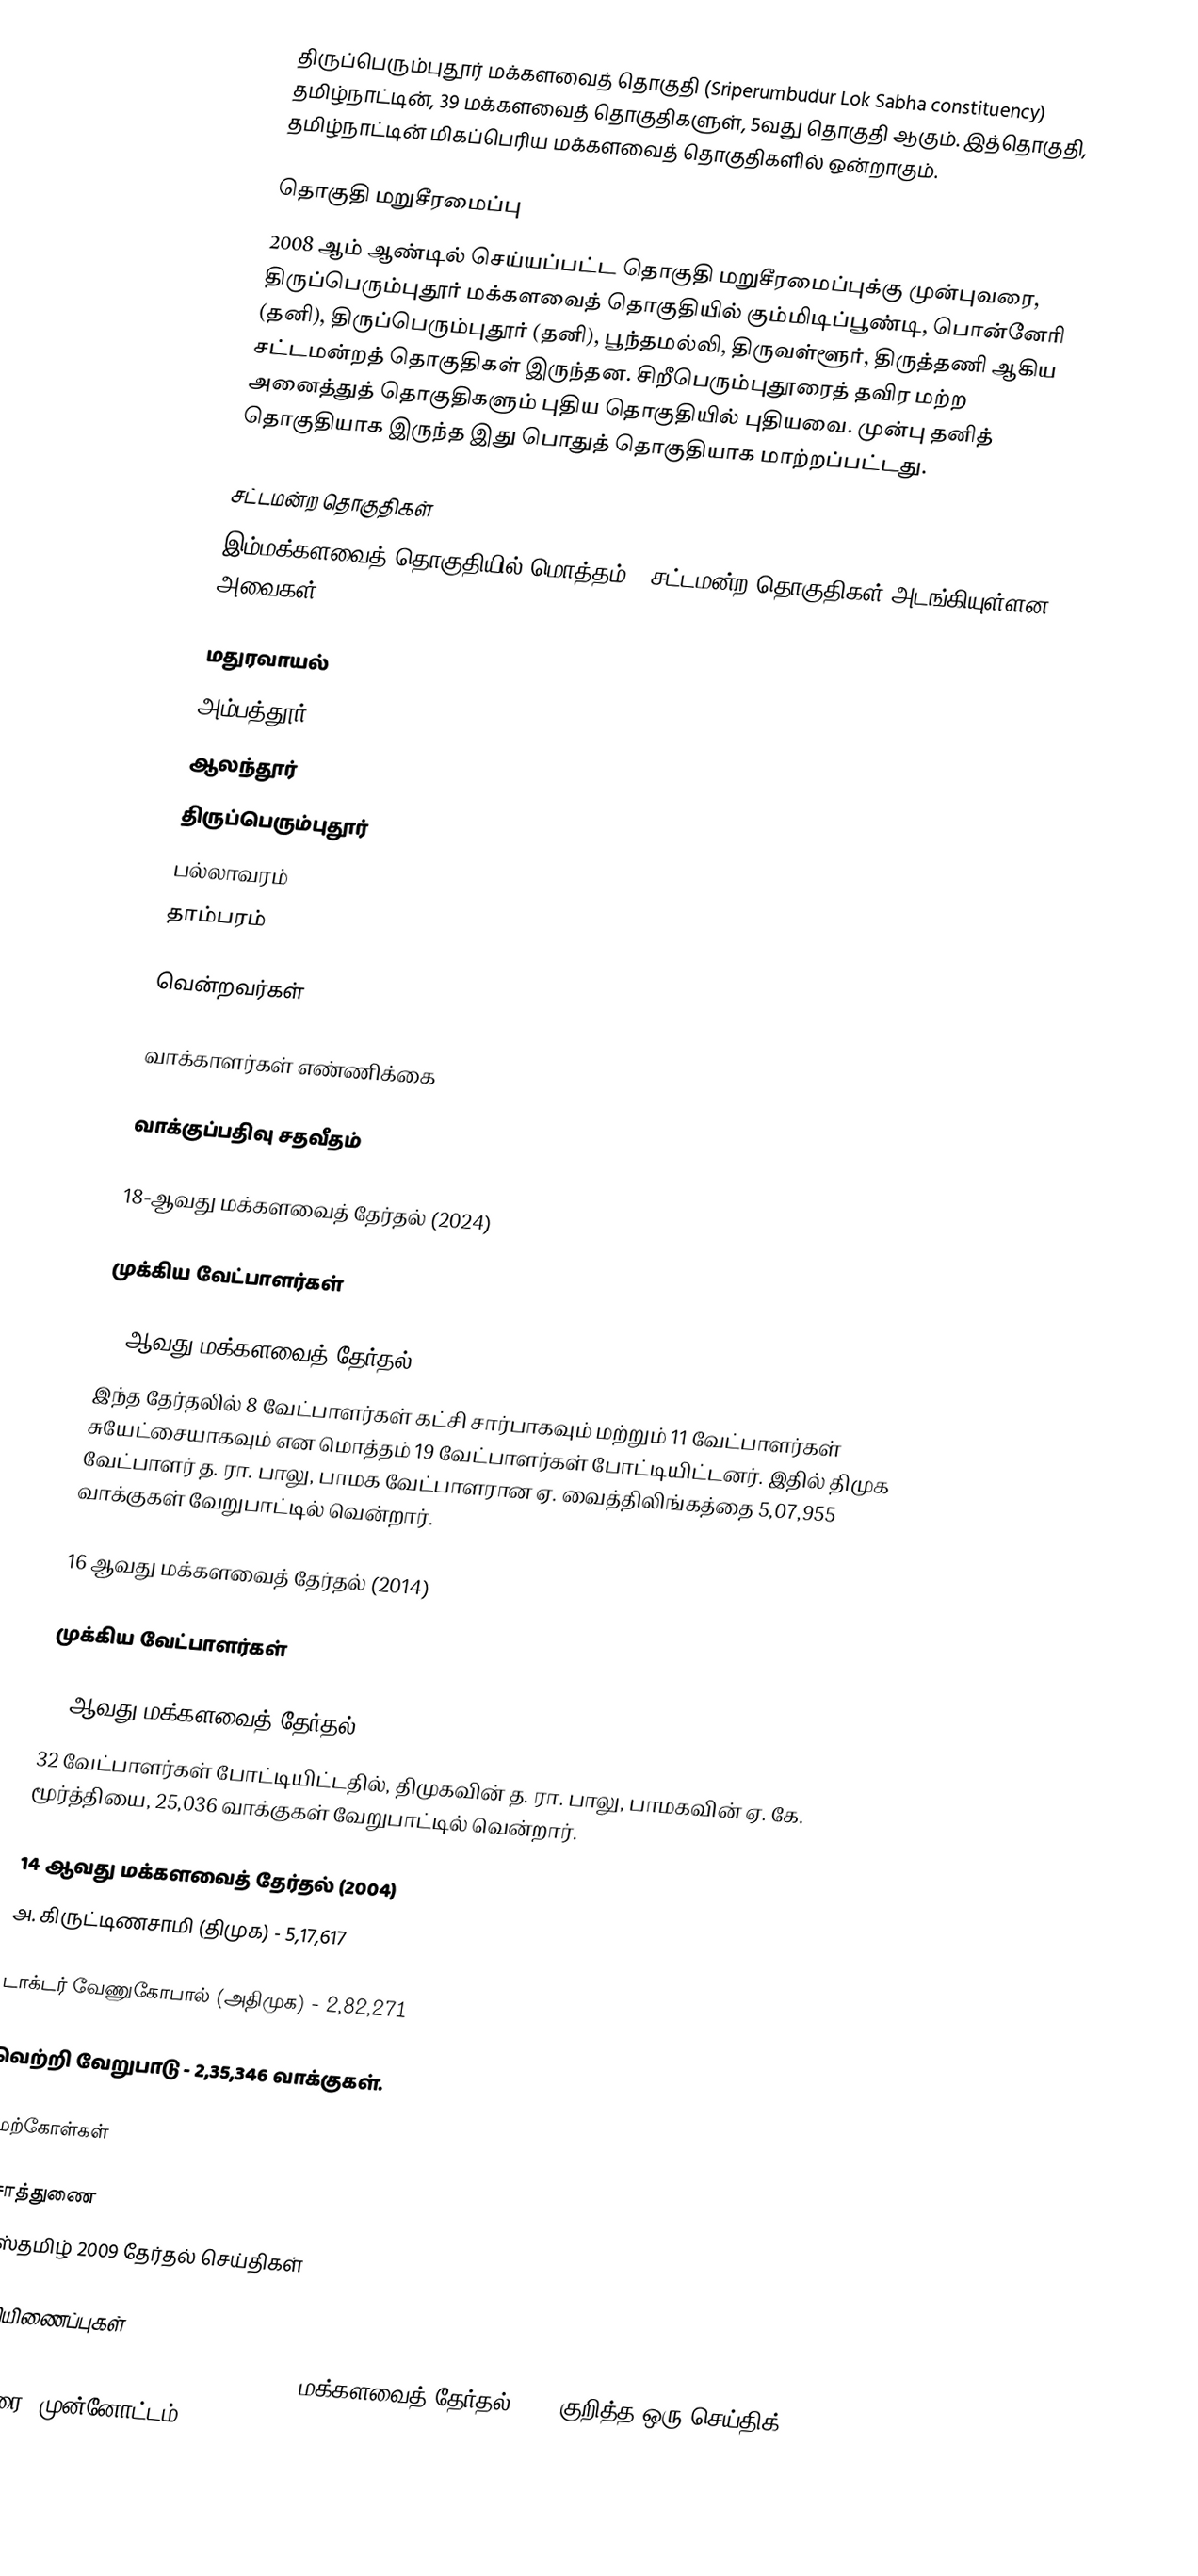
திருப்பெரும்புதூர் மக்களவைத் தொகுதி (Sriperumbudur Lok Sabha constituency) தமிழ்நாட்டின், 39 மக்களவைத் தொகுதிகளுள், 5வது தொகுதி ஆகும். இத்தொகுதி, தமிழ்நாட்டின் மிகப்பெரிய மக்களவைத் தொகுதிகளில் ஒன்றாகும்.

தொகுதி மறுசீரமைப்பு
2008 ஆம் ஆண்டில் செய்யப்பட்ட தொகுதி மறுசீரமைப்புக்கு முன்புவரை, திருப்பெரும்புதூர் மக்களவைத் தொகுதியில் கும்மிடிப்பூண்டி, பொன்னேரி (தனி), திருப்பெரும்புதூர் (தனி), பூந்தமல்லி, திருவள்ளூர், திருத்தணி ஆகிய சட்டமன்றத் தொகுதிகள் இருந்தன. சிறீபெரும்புதூரைத் தவிர மற்ற அனைத்துத் தொகுதிகளும் புதிய தொகுதியில் புதியவை. முன்பு தனித் தொகுதியாக இருந்த இது பொதுத் தொகுதியாக மாற்றப்பட்டது.

சட்டமன்ற தொகுதிகள்
இம்மக்களவைத் தொகுதியில் மொத்தம் 6 சட்டமன்ற தொகுதிகள் அடங்கியுள்ளன. அவைகள்:

 மதுரவாயல்
 அம்பத்தூர்
 ஆலந்தூர்
 திருப்பெரும்புதூர்
 பல்லாவரம்
 தாம்பரம்

வென்றவர்கள்

வாக்காளர்கள் எண்ணிக்கை

வாக்குப்பதிவு சதவீதம்

18-ஆவது மக்களவைத் தேர்தல் (2024)

முக்கிய வேட்பாளர்கள்

17-ஆவது மக்களவைத் தேர்தல் (2019)
இந்த தேர்தலில் 8 வேட்பாளர்கள் கட்சி சார்பாகவும் மற்றும் 11 வேட்பாளர்கள் சுயேட்சையாகவும் என மொத்தம் 19 வேட்பாளர்கள் போட்டியிட்டனர். இதில் திமுக வேட்பாளர் த. ரா. பாலு, பாமக வேட்பாளரான ஏ. வைத்திலிங்கத்தை 5,07,955 வாக்குகள் வேறுபாட்டில் வென்றார்.

16 ஆவது மக்களவைத் தேர்தல் (2014)

முக்கிய வேட்பாளர்கள்

15 ஆவது மக்களவைத் தேர்தல் (2009)
32 வேட்பாளர்கள் போட்டியிட்டதில், திமுகவின் த. ரா. பாலு, பாமகவின் ஏ. கே. மூர்த்தியை, 25,036 வாக்குகள் வேறுபாட்டில் வென்றார்.

14 ஆவது மக்களவைத் தேர்தல் (2004)
அ. கிருட்டிணசாமி (திமுக) - 5,17,617

டாக்டர் வேணுகோபால் (அதிமுக) - 2,82,271

வெற்றி வேறுபாடு - 2,35,346 வாக்குகள்.

மேற்கோள்கள்

உசாத்துணை
 தட்ஸ்தமிழ் 2009 தேர்தல் செய்திகள்

வெளியிணைப்புகள்
 An interesting contest in Sriperumpudur - மக்களவைத் தேர்தல் 2014 குறித்த ஒரு செய்திக் கட்டுரை (முன்னோட்டம்)